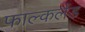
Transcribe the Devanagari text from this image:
फाल्कलैंड